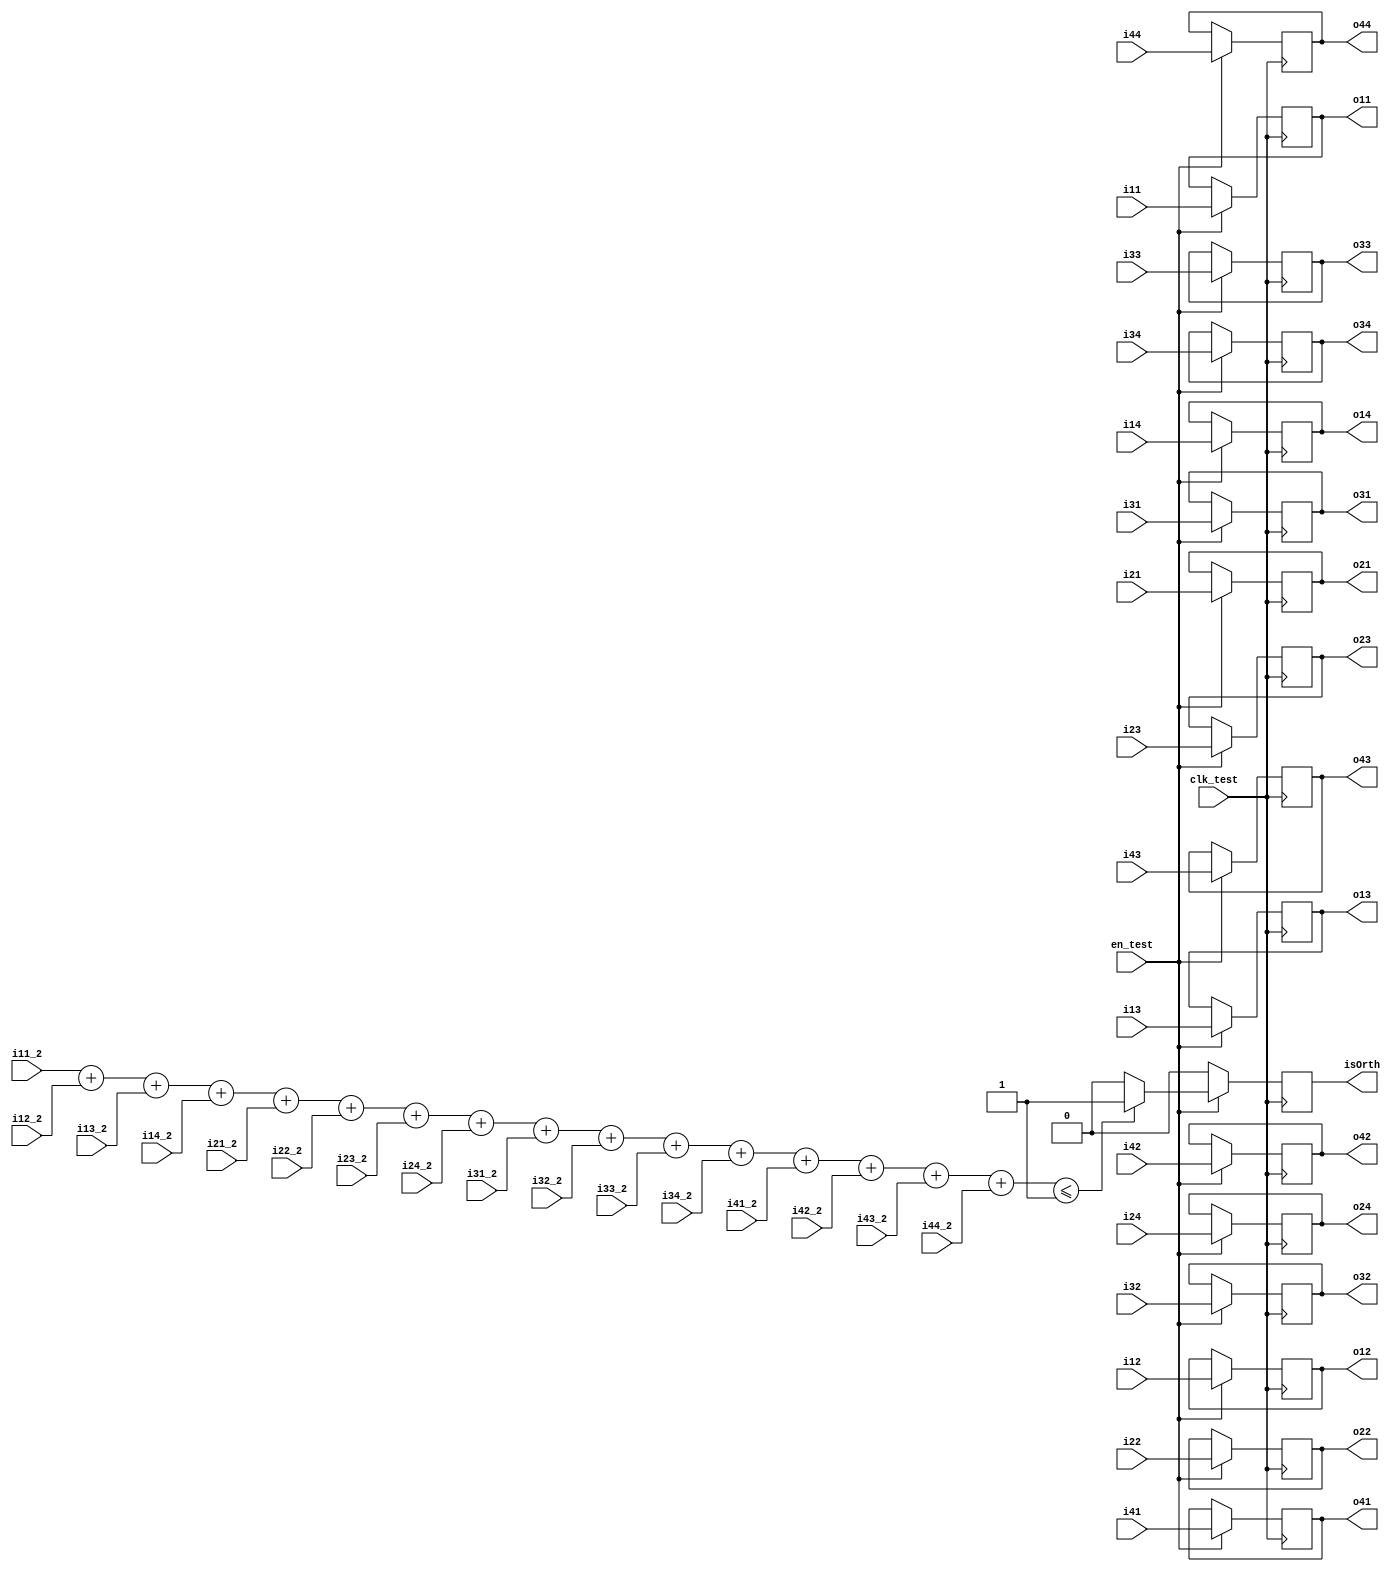
module SYMM_TEST (
    input clk_test,
    input en_test,

    input signed [25:0] i11, i12, i13, i14,
    input signed [25:0] i21, i22, i23, i24,
    input signed [25:0] i31, i32, i33, i34,
    input signed [25:0] i41, i42, i43, i44,
    
    input signed [25:0] i11_2, i12_2, i13_2, i14_2,
    input signed [25:0] i21_2, i22_2, i23_2, i24_2,
    input signed [25:0] i31_2, i32_2, i33_2, i34_2,
    input signed [25:0] i41_2, i42_2, i43_2, i44_2,

    output reg signed [25:0] o11, o12, o13, o14,
    output reg signed [25:0] o21, o22, o23, o24,
    output reg signed [25:0] o31, o32, o33, o34,
    output reg signed [25:0] o41, o42, o43, o44,
    
    output reg isOrth
);

wire signed [29:0] orthtest;

assign orthtest =  i11_2 + i12_2 + i13_2 + i14_2 
                 + i21_2 + i22_2 + i23_2 + i24_2
                 + i31_2 + i32_2 + i33_2 + i34_2
                 + i41_2 + i42_2 + i43_2 + i44_2;

always @(posedge clk_test) begin
    if (en_test) begin
        o11 <= i11; o12 <= i12; o13 <= i13; o14 <= i14;
        o21 <= i21; o22 <= i22; o23 <= i23; o24 <= i24;
        o31 <= i31; o32 <= i32; o33 <= i33; o34 <= i34;
        o41 <= i41; o42 <= i42; o43 <= i43; o44 <= i44;
        if(orthtest <= 30'd1) isOrth <= 1;
        else isOrth <= 0;
    end else begin
        // o11 <= i11; o12 <= i12; o13 <= i13; o14 <= i14;
        // o21 <= i21; o22 <= i22; o23 <= i23; o24 <= i24;
        // o31 <= i31; o32 <= i32; o33 <= i33; o34 <= i34;
        // o41 <= i41; o42 <= i42; o43 <= i43; o44 <= i44;
        isOrth <= 0;
    end
end
    
endmodule